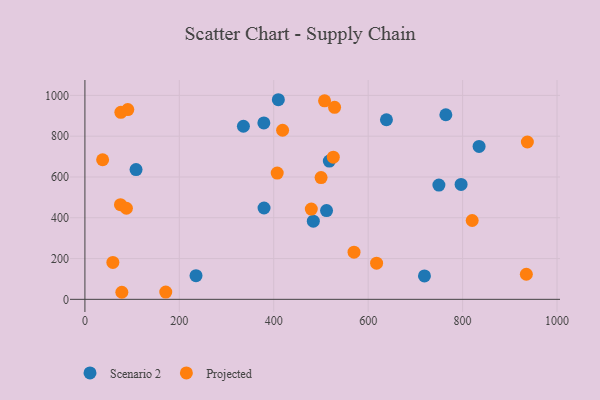
{"axis": {"x": "Engine Size", "y": "Demand"}, "legend": ["Projected", "Scenario 2"], "data": [{"x": "749.8", "y": 560.5, "type": "Scenario 2"}, {"x": "108.3", "y": 636.1, "type": "Scenario 2"}, {"x": "483.8", "y": 383.2, "type": "Scenario 2"}, {"x": "379.4", "y": 447.8, "type": "Scenario 2"}, {"x": "517.7", "y": 678.0, "type": "Scenario 2"}, {"x": "335.7", "y": 848.7, "type": "Scenario 2"}, {"x": "719.2", "y": 115.0, "type": "Scenario 2"}, {"x": "511.8", "y": 435.2, "type": "Scenario 2"}, {"x": "764.5", "y": 905.1, "type": "Scenario 2"}, {"x": "834.9", "y": 750.0, "type": "Scenario 2"}, {"x": "409.7", "y": 978.8, "type": "Scenario 2"}, {"x": "235.3", "y": 115.9, "type": "Scenario 2"}, {"x": "379.0", "y": 865.0, "type": "Scenario 2"}, {"x": "638.7", "y": 880.7, "type": "Scenario 2"}, {"x": "796.8", "y": 563.4, "type": "Scenario 2"}, {"x": "75.3", "y": 464.3, "type": "Projected"}, {"x": "59.2", "y": 181.2, "type": "Projected"}, {"x": "418.7", "y": 829.1, "type": "Projected"}, {"x": "171.2", "y": 35.7, "type": "Projected"}, {"x": "820.3", "y": 386.6, "type": "Projected"}, {"x": "37.5", "y": 684.4, "type": "Projected"}, {"x": "76.1", "y": 917.0, "type": "Projected"}, {"x": "526.1", "y": 697.3, "type": "Projected"}, {"x": "937.2", "y": 771.4, "type": "Projected"}, {"x": "935.0", "y": 123.1, "type": "Projected"}, {"x": "479.5", "y": 442.4, "type": "Projected"}, {"x": "87.9", "y": 446.7, "type": "Projected"}, {"x": "570.0", "y": 231.0, "type": "Projected"}, {"x": "90.8", "y": 930.6, "type": "Projected"}, {"x": "407.3", "y": 619.3, "type": "Projected"}, {"x": "78.2", "y": 34.6, "type": "Projected"}, {"x": "500.2", "y": 597.0, "type": "Projected"}, {"x": "507.6", "y": 973.3, "type": "Projected"}, {"x": "617.8", "y": 177.2, "type": "Projected"}, {"x": "528.8", "y": 941.6, "type": "Projected"}]}